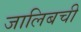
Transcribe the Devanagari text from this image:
जालिबची